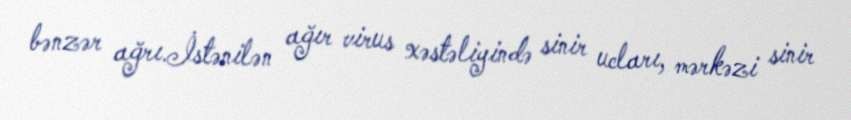
bənzər ağrı.İstənilən ağır virus xəstəliyində sinir ucları, mərkəzi sinir